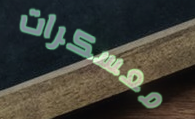
معسكرات